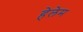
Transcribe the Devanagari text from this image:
हेलेम